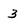
Character: 3